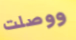
ووصلت